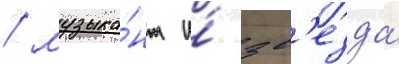
/ музыка́нт и́ зв'езда́